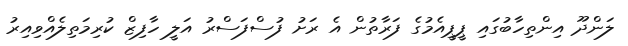
ލަންދޫ އިންތިހާބުގައި ޕީޕީއެމުގެ ފަރާތުން އެ ރަށު ފުސްފަސްރު އަލީ ހާފިޒް ކުރިމަތިލެއްވިއިރު